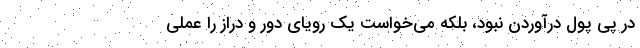
در پی پول درآوردن نبود، بلکه می‌خواست یک رویای دور و دراز را عملی